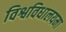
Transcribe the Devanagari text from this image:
विश्वविधालयमा